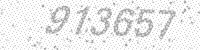
Solution: 913657